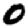
Digit: 0